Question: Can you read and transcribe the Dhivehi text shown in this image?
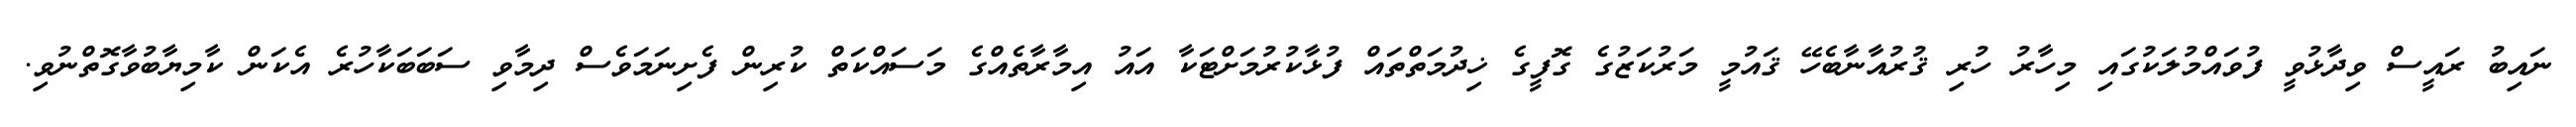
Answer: ނައިބު ރައީސް ވިދާޅުވީ ފުވައްމުލަކުގައި މިހާރު ހުރި ޤުރުއާނާބެހޭ ޤައުމީ މަރުކަޒުގެ ގޮފީގެ ޚިދުމަތްތައް ފުޅާކުރުމަށްޓަކާ އައު އިމާރާތެއްގެ މަސައްކަތް ކުރިން ފެށިނަމަވެސް ދިމާވި ސަބަބަކާހުރެ އެކަން ކާމިޔާބުވާގޮތްނުވި.